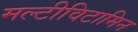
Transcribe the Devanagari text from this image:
मल्टीविटामिन